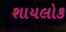
શાયલોક